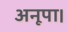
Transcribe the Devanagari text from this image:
अनूपा।